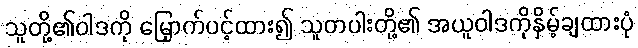
သူတို့၏ဝါဒကို မြှောက်ပင့်ထား၍ သူတပါးတို့၏ အယူဝါဒကိုနှိမ့်ချထားပုံ